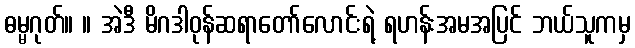
ဓမ္မဂုတ်။ ။ အဲဒီ မိဂဒါဝုန်ဆရာတော်လောင်းရဲ့ ရဟန်းအမအပြင် ဘယ်သူကမှ